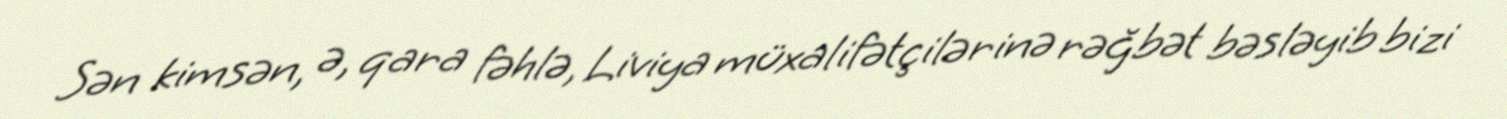
Sən kimsən, ə, qara fəhlə, Liviya müxalifətçilərinə rəğbət bəsləyib bizi